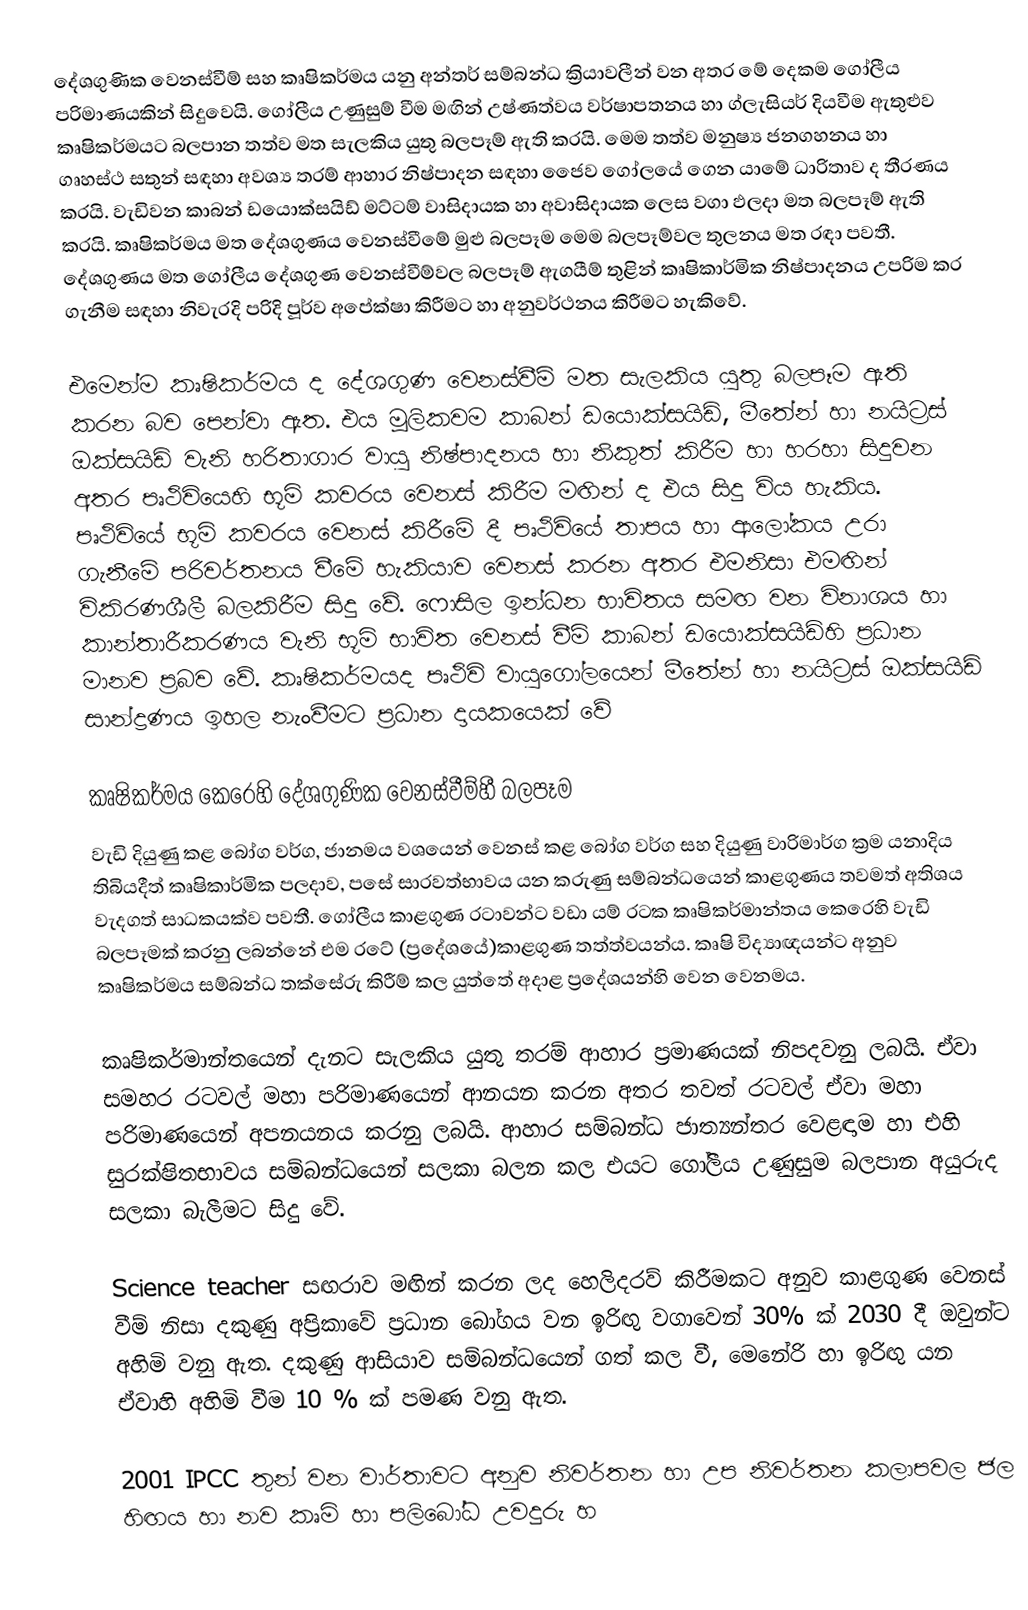
දේශගුණික වෙනස්වීම් සහ කෘෂිකර්මය යනු අන්තර් සම්බන්ධ ක්‍රියාවලීන් වන අතර මේ දෙකම ගෝලීය පරිමාණයකින් සිදුවෙයි.  ගෝලීය උණුසුම් වීම මඟින් උෂ්ණත්වය වර්ෂාපතනය හා ග්ලැසියර් දියවීම ඇතුළුව කෘෂිකර්මයට බලපාන තත්ව මත සැලකිය යුතු බලපෑම් ඇති කරයි. මෙම තත්ව මනුෂ්‍ය ජනගහනය හා ගෘහස්ථ සතුන් සඳහා අවශ්‍ය තරම් ආහාර නිෂ්පාදන සඳහා ජෛව ගෝලයේ ගෙන යාමේ ධාරිතාව ද තීරණය කරයි. වැඩිවන කාබන් ඩයොක්සයිඩ් මට්ටම් වාසිදායක හා අවාසිදායක ලෙස වගා ඵලදා මත බලපෑම් ඇති කරයි. කෘෂිකර්මය මත දේශගුණය වෙනස්වීමේ මුළු බලපෑම මෙම බලපෑම්වල තුලනය මත රඳා පවතී. දේශගුණය මත ගෝලීය දේශගුණ වෙනස්වීම්වල බලපෑම් ඇගයීම් තුළින් කෘෂිකාර්මික නිෂ්පාදනය උපරිම කර ගැනීම සඳහා නිවැරදි පරිදි පූර්ව අපේක්ෂා කිරීමට හා අනුවර්ථනය කිරීමට හැකිවේ.

එමෙන්ම කෘෂිකර්මය ද දේශගුණ වෙනස්වීම් මත සැලකිය යුතු බලපෑම ඇති කරන බව පෙන්වා ඇත. එය මූලිකවම කාබන් ඩයොක්සයිඩ්, මීතේන් හා නයි‍ට්‍රස් ඔක්සයිඩ් වැනි හරිතාගාර වායු නිෂ්පාදනය හා නිකුත් කිරීම හා හරහා සිදුවන අතර පෘථිවියෙහි භූමි කවරය වෙනස් කිරීම මඟින් ද එය සිදු විය හැකිය. පෘථිවියේ භූමි කවරය වෙනස් කිරීමේ දී පෘථිවියේ තාපය හා ආලෝකය උරා ගැනීමේ පරිවර්තනය වීමේ හැකියාව වෙනස් කරන අතර එමනිසා එමඟින් විකිරණශීලී බලකිරීම සිදු වේ. ෆොසිල ඉන්ධන භාවිතය සමඟ වන විනාශය හා කාන්තාරීකරණය වැනි භූමි භාවිත වෙනස් වීම්  කාබන් ඩයොක්සයිඩ්හි ප්‍රධාන මානව ප්‍රබව වේ. කෘෂිකර්මයද පෘථිවි වායුගෝලයෙන් මීතේන් හා නයිට්‍රස් ඔක්සයිඩ් සාන්ද්‍රණය ඉහල නැංවීමට ප්‍රධාන දායකයෙක් වේ

කෘෂිකර්මය කෙරෙහි දේශගුණික වෙනස්වීම්හී බලපෑම
වැඩි දියුණු කළ බෝග වර්ග, ජානමය වශයෙන් වෙනස් කළ බෝග වර්ග සහ දියුණු වාරිමාර්ග ක්‍රම යනාදිය තිබියදීත් කෘෂිකාර්මික පලදාව, පසේ සාරවත්භාවය යන කරුණු සම්බන්ධයෙන් කාළගුණය තවමත් අතිශය වැදගත් සාධකයක්ව පවතී. ගෝලීය කාළගුණ රටාවන්ට වඩා යම් රටක කෘෂිකර්මාන්තය කෙරෙහි වැඩි බලපෑමක් කරනු ලබන්නේ එම රටේ (ප්‍රදේශයේ)කාළගුණ තත්ත්වයන්ය. කෘෂි විද්‍යාඥයන්ට අනුව කෘෂිකර්මය සම්බන්ධ තක්සේරු කිරීම් කල යුත්තේ අදාළ ප්‍රදේශයන්හි වෙන වෙනමය.

කෘෂිකර්මාන්තයෙන් දැනට සැලකිය යුතු තරම් ආහාර ප්‍රමාණයක් නිපදවනු ලබයි. ඒවා සමහර රටවල් මහා පරිමාණයෙන් ආනයන කරන අතර තවත් රටවල් ඒවා මහා පරිමාණයෙන් අපනයනය කරනු ලබයි. ආහාර සම්බන්ධ ජාත්‍යන්තර වෙළඳාම හා එහි සුරක්ෂිතභාවය සම්බන්ධයෙන් සලකා බලන කල එයට ගෝලීය උණුසුම බලපාන අයුරුද සලකා බැලීමට සිදු වේ.

Science teacher සඟරාව මඟින් කරන ලද හෙලිදරව් කිරීමකට අනුව කාළගුණ වෙනස් වීම් නිසා දකුණු අප්‍රිකාවේ ප්‍රධාන බෝගය වන ඉරිඟු වගාවෙන් 30% ක් 2030 දී ඔවුන්ට අහිමි වනු ඇත. දකුණු ආසියාව සම්බන්ධයෙන් ගත් කල වී, මෙනේරි හා ඉරිඟු යන ඒවාහි අහිමි වීම 10 % ක් පමණ වනු  ඇත.

2001 IPCC තුන් වන වාර්තාවට අනුව නිවර්තන හා උප නිවර්තන කලාපවල ජල හිඟය හා නව කෘමි හා පලිබෝධ උවදුරු හ